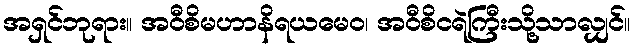
အရှင်ဘုရား။ အဝီစိမဟာနိရယမေဝ၊ အဝီစိငရဲကြီးသို့သာလျှင်။